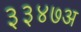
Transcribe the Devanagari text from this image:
३३४७अ